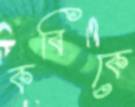
কবিকে